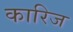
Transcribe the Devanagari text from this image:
कारिज